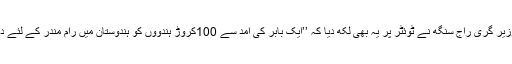
یہاں تک کہ مرکزی وزیر گری راج سنگھ نے ٹوئٹر پر یہ بھی لکھ دیا کہ ’’ایک بابر کی آمد سے 100کروڑ ہندوؤں کو ہندوستان میں رام مندر کے لئے دربدر بھٹکنا پڑرہا ہے۔